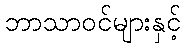
ဘာသာဝင်များနှင့်